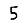
Digit: 5